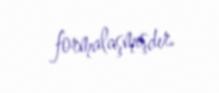
formalaşmışdır.